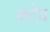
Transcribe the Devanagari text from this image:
क्टेव